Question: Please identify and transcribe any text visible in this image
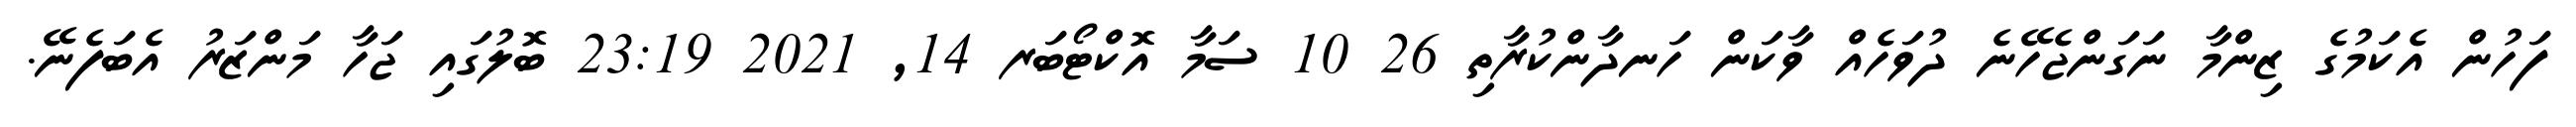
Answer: ފަހުން އެކަމުގެ ޒިންމާ ނަގަންޖެހޭނެ ދުވަހެއް ވާކަން ހަނދާންކުރާތި 26 10 ސަމާ އޮކްޓޯބަރ 14, 2021 23:19 ބޮލުގައި ޖަހާ މަންޒަރު އެބަފެނޭ.